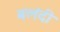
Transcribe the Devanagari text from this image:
बलंदी